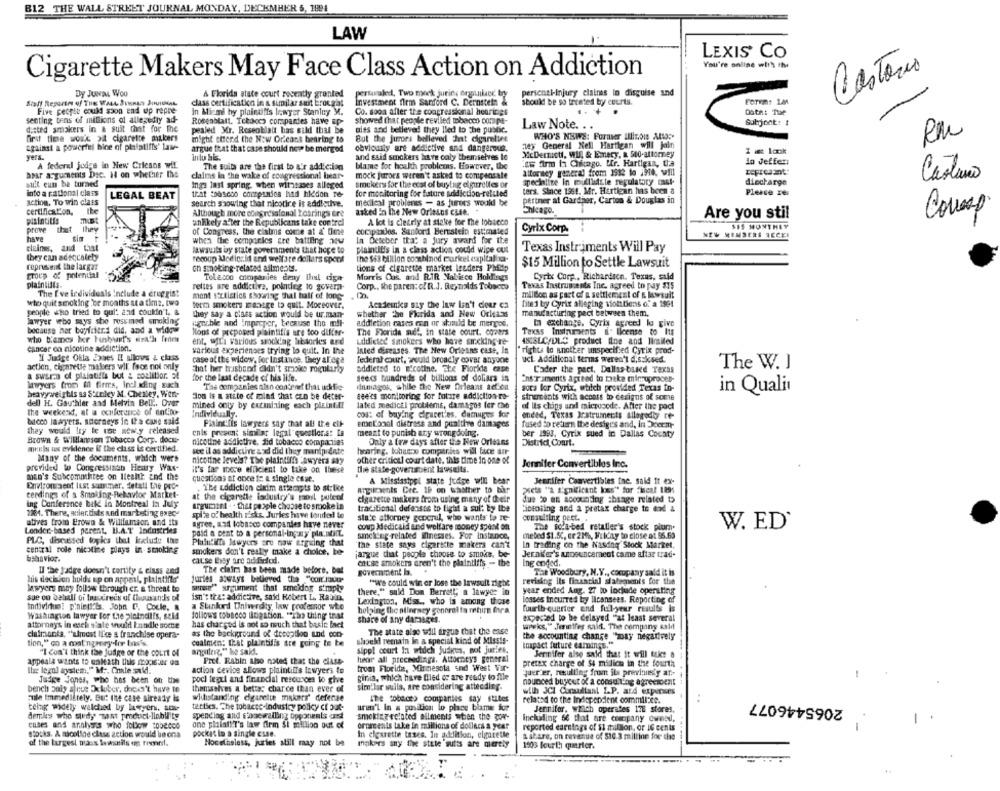
B12 THE WALL STREET JOURNAL
LAW
LEXIS CO
You're online with the
Castoris
Cigarette Makers May Face Class Action on Addiction
Dy JUNas Woo
A Florida state court recently granted
pertaale, Two mock jurin; orguikec bry
pericnal-injury claires in disguise and
class certificatico in a similar suit brocaat
Investment firm Sanford C. Bernstein &
should be so treated by courts.
Five people could soon end up repre
in Miami hy plaintiffs lawyer Staniny M.
Co. soon after the congressional hearings
Date: Tue
senting tens of millions of allegedly ad-
Rosenblatt. Tekaoch companies have sp-
showed that people reviled tobacco compe-
disted smokers in a suit that for the
Law Note. ..
Subject: #
pealed Mr. Roseoblatt bas sild that be
giss and believed they lled to the public.
WHO'S NEWS: Formier MUITOIs ALSO :-
RM
first time would pit cigaretce makers
might etrend the New Orleans bearing to
But the jurors belleved Int cigarettes
against a powerful bice of philstifts' law-
argue that that case should now be merged
obviously are addictive and dangerous.
ley General Nell Hartigan will jain
I Æ lok
yers.
Inlu bis.
and ssid smokers have caly themselves le
XcDermicti, WU, & Emery, a 500-attorney
A federal judge in New Cricans wit.
The suits are the first to a'r addiction
blame for health problems. However, the
as firm ta Chicago, Mr. Hartigan, tha
in Jeffer:
amar arguments Dec. H on whether the
claims in The wake of congressional bear-
mock jurors weren't asked to compensate
attorney general from 1912 to 1948, vill
Castano
sift eun ba turned
specialize In mullistsle regulatory cast-
diecharge
Ings last spring. when witnesses alleged
smokers for the cost of buying el gurrelies or
ters. Since 1961. Mr. Hartigan has been a
Please re
into a rational class
LEGAL BEAT
that tooscoo companies had hidden Te-
for monitoring for future addiction-refuted
pertner at Gardher, Carton & Douglas in
action, To win class
search showing that nicotire is addiothe.
mecileal problenes - as jurers would be
certification.
Although more congressional tearings ere
asked En the New Orleans case.
Chicago.
Are you stil
Correap
plaintitis
unlikely after the Republicans take contrel
A kot is clearly at stake for the tobacco
prove that they
companies. Sanford Bernstein estimated
Cyrix Corp.
SIS MONTHEY
have
of Congress, the claims come at a' Dime
NEW MEMBERS RECE!
when the companies are battling aty
In Deteber that a jury award for the
clains, and 4.134
lawsuits by state governments that hope to
plaintiffs in a class action could wipe out
Texas Instruments Will Pay
they can adeccolety
recoup Modiczid and welfare dollars sport
the $63 billion cocchinod parkel capital -
represmit the largar
ch ginoking-related ailments.
tions of cigarette market lenders Phfdp
$15 Million to Settle Lawsuit
group of potential
Toledoo companies deny Ihul ciga
Morris Cos. and R.IR Nabisce Hollings
Cyrix Corp ., Richardson. Texas, sald
plaintiffi.
rettes are addictive, polndeg to govern-
Corp ., the parent of R.J. Reynolds Tobacco
Texas Instruments Inc. agreed to pay $35
The Eve individuals include a eruggist
millon as part of a settlement of a lawsuit
who quit smoking 'be months st a time, two
mont Bottistics showing thal half of long-
form smokers manage to quit. Moreover,
Academia say the law lin't clear ca
filed byy Cyrix alleging siontions of a 1891
people who tried to qui' and couldn't, &
They say a class action would be ur.man-
whether the Florida and New Orleans
manufacturing pect between them.
lawyer webo says she resumed smoking
eget.ble and Impecper, because the mil-
addiction cases con or shimld be mergos,
In exchange. Cyrix agreed lo give
because her boyfriend did, and a widow
Mons of preposed plaintiffs are too difler-
The Florida auf, in state court. covers
Texas Instruments &" license to Its
who blames boer tusheart's death from
ent, with various sincking hibaories ard
Addicted smokers who have suckingre-
48.8LC/DLC product line and limited
cancer on nicotine addiction.
If Judige Ohla Jones I! allows & class
various experiences trying to quit. In the
Inted diseases. The New Orleans case, In
" rights lo another unspecified Cyrix prod-
actien, cigarette makers wil face not only
case of the widow, for Instance. they alega
federal court, would broadly cover anyone
ucl. Additional terms weren't d.ssksed.
The W. J
That her trisband ckin't amioks regularly
addicted to E'cotine, che Florkla case
Cader the pect, Dallas-based Texas
a swarm of plaintiffs but & coalition. El
for the last decade of his life.
seeds hundreds of billions of dollars in
Ens.Timents agreed to take minuproces-
lawyers from il firmes, incl kling sach
The companies alen content that udhifie-
damagos, while the New Orleans acf on
sors for Cyrix, which provided Texas In-
in Quali
heavy weightils sa Stanley M. Chestey, Went
Jon te a atite of mind that czo be deter-
see's monitoring for future addiction-ro-
dell H. Gauthier and Melvin Bell'. Over
strencents with access to cesigns of some
the weekest, at a conference of antino-
mined only by extinizing each plaintiff
lated medical problems, damagos fer che
of Its chips und micrucode. After the pact
Individually.
cod: of buying cigarettes. damages Sor
ended, Texas Instruments Allogodly re-
bucco lawyers. storneys in Ita cane said
Plaint:fis lawyers say that all the cit-
emotional distress and punitive damages
fused do return the desig's and, in Dceem-
they would try le the new.y released
enis present similar legal questions: La
meant to punish any wrongdoing.
ber 1993. Cyrix sued in Dallas County
Brown & Williansson Tobacco Corp. docu-
nicotine addictive, fid tobacco compactlas
Only a few days after the New Orleans
District Court.
mely us evidence if the class is certified.
see il as addictive & xd did they manfpidate
hearing, tobueno companies will face sur
Many of the documents, which were
nicotine levels? The plaintiffs awyers sky
other criticul court date. this time in one of
provided wo Congressinan Henry Was-
Jennifer Convertibles Inc.
man's Subcomochitee on Health and the
it's far more efficient to take on these
the state-goverumcent lawsuits.
questions at once te a single case.
A Mississippi state judge will bear
Jennifer Convertibles the. said ft ex-
Environment last summer. detall Ge pro-
The uddiction cinim attempts to strlice
ATglicaents Cre. 19 on whather to bar
Fiets "a significant loss" for fiscal 129%
ceedings of a Smoking-Behavior Market-
at the cigarette industry's maost puteol
cigarette makers from using many of deir
due to an accounting change related to
ing Conference bild in Montreal In July
argument . that people choose to smoke in
1201. There, sier.dists and marketing exec-
spille of health risks. Juries have landed le
traditional defenses to fight a sul: by the
Ciclosing and a pretax charge to end à
atives from Brown & Williamson and its
state attorney goocrul, who wants to re-
consulting pect ..
Londer-based perent, B.A.T' Industries
agree, and lobasco companies have never
coup Medicaid and welfare money spent on
The sc.a-bed retaller's stock plum.
W. ED'
paid a beat to a personal-ingay pla.noirt.
amcking-related Einesses. For instance,
mebed $1.5C, er 21%, Fulday to close at $6.63
PLC, discussed topics that include the
Plaintiffs Mwyers are naw arguing that
the state says cigarette makers can't
In trading on the Nasdaq Stock Market,
central role nicotine plays in- smoking
smokers don't really make a choice, be-
jargue that people choose to smoke, be-
Jennifer's announcement came aftar trat-
cause they are addiefod.
chiuse smokers aren't the plaintiffs - the
I'he jadge doesn't cortify & class and
The claim has been made before. but
Ing onided.
government b.
The Woodbury, M.Y ., cocupany said it is
his dechien holds up on appeal, plaintiffs'
juries always believed tha "con.toute
"we could win or lose the lawsuit right
revising ils financial statements for the
lawyers may follow through cr. a threat to
worse" argument that smeldog simply
there," said Dom Berrett, a lawyer in
year ended Aug. 27 to include operating
sue ou behalf of bu creus of thousands of
isn't tra: addictive, said Robert L. Radio.
Lexington, Miss ., who is among those
losses incurred by licansees. Reporting of
Individus! piniefils. John D. Coule. &
a Stanford University, law professor wie
holging the alloracy gonoral to mehim fora
fourth quarter end full-year results is
Washington lawyer for the pleindifs, seld
follow's tobacco litigation. "The thing that
expected to be delayed "at least several
attorneys in esch stale would Landle some
has charged is not so much that basic fact
share of any darasges.
wapeks," Jennifer saift. The company sald
as the background of deception and con-
The state also will argue that the ense
claimants, "ulmest If'ce a franchise opera-
coalmen: that plaintilis tre going to be
should remain in a special kind of Mlasts-
the accounting change "way negatively
tion," co a mat ngrery dlir bar's.
argile." he said.
sipp! court In which Judkes, not juries,
inapact future earnings."
"I don't think the judge or the court of
hør all proceedings, Attorneys general
Jennifer also said that it will take a
appeala wants to gattath this macster on
Prof. Rabin also noted that the class-
pretax charge of 54 milicm in the fourth
Ihre legal system."" M :, Cole suldi.
action device allows plaintiffs lawyers to
trom Florida, Mirmesola und West Vir-
quer'er, resulting from ilx previniety at-
Jutige Jones, who has been on the
poci legal and financial resources to give
ginia, which have filed or are ready to file
nounced buyout of a consulting agreement
-
bench July alnus October, docks't have to
themselves a better charce than ever of
similar wulls, are considering attending.
withstanding cigarette makers" defense
with JCI Consultant LP. ard expenses
2065446077
Fuile Immedikrely. But the case siready is
Ite cobaceo companies say stites
related to the Independent commicee.
..
teing widely walched by lawyers. ama-
tetties, The tobacco-industry policy ci but-
uren'l in a position lo phoe blame for
Jennifer, which operates 178 stores,
derles who study Tast product-llobility
spending and hopewalling opponents est
smoking related ailments wtien the gor-
Including 66 that are company owned,
enses and analysis who tolow :00ecco
one plint"T's law firm Si million out of
oroscents take in millions of dollars a year
reported earnings of $1 million, or IG cents
stocks. A nicoline class action would be ona
pocket in a single cuse.
In cigarette taxes. In addition, elgatethe
& share, on revenue of $10.3 milline for the
of the Largest mass lewsnils og rissind.
Hocelnsless, juries still may not
makers say the state suiss are merely
1903 fourth quarter.